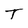
Character: T